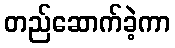
တည်ဆောက်ခဲ့ကာ